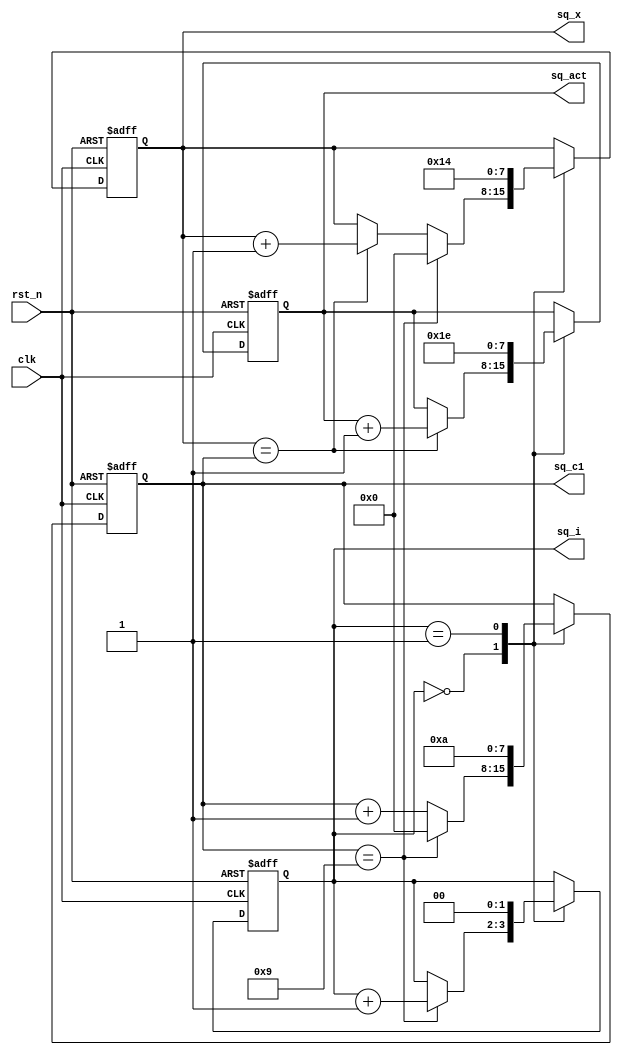
module exp1_5
(
    input clk,
    input rst_n,
    
    output [7:0] sq_c1,
    output [7:0] sq_x,
    output [1:0] sq_i,
    output [7:0] sq_act
);
    
    reg [7:0] c1;
    reg [7:0] x;
    reg [1:0] i;
    reg [7:0] act;
    
    always @(posedge clk or negedge rst_n)
    begin
        if(~rst_n)
        begin
            c1 <= 8'd0;
            x <= 8'd0;
            i <= 2'd0;
            act <= 8'd0;
        end
        else
        begin
            case(i)
                
                0:
                begin
                    
                    if(x == c1)
                    begin
                        x <= x + 1'b1;          //t9
                        act <= act + 1'b1;
                    end
                    
                    if(c1 == 10-1) //10,t9xc1
                    begin
                        x <= 8'd0;              //t9
                        c1 <= 8'd0;
                        i <= i + 1'b1;
                    end
                    else
                        c1 <= c1 + 1'b1;
                    
                end
                
                1:
                begin
                    i <= 2'd0;
                    c1 <= 8'd10;
                    x <= 8'd20;
                    act <= 8'd30;
                end
                
            endcase
        end
    end

    assign sq_c1 = c1;
    assign sq_x = x;
    assign sq_act = act;
    assign sq_i = i;
    
endmodule